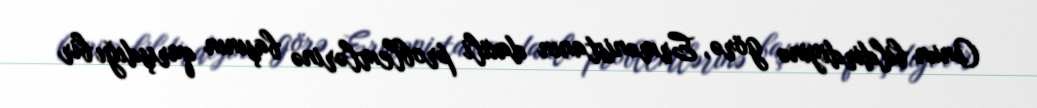
Onun bildirdiyinə görə, Ermənistanın daxili problemlərinə başının qarışdığı bir